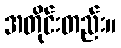
အတိုင်းတည်း။